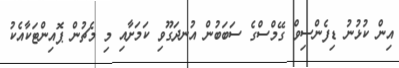
އިން ކުޅުނު ޑިފެންސިވް ގޭމްސްގެ ސަބަބުން އުނދަގޫވި ކަމަށާއި މި މެޗުން ޕޮއިންޓަކާއެކު